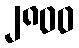
၂၈၀၀